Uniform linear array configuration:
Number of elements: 16
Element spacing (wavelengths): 1
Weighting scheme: hann
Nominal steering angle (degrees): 60
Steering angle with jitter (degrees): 58.318
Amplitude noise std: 0.05
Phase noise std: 0.05

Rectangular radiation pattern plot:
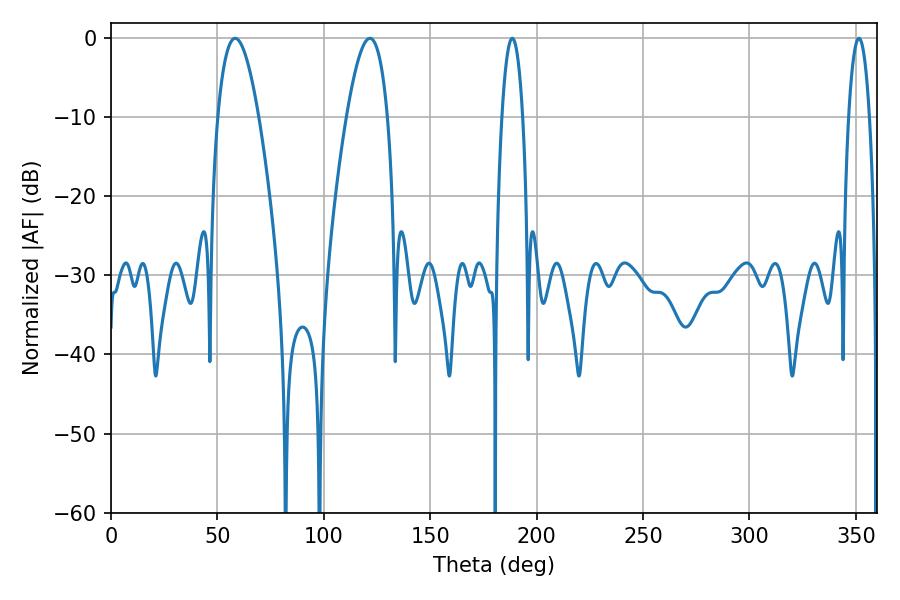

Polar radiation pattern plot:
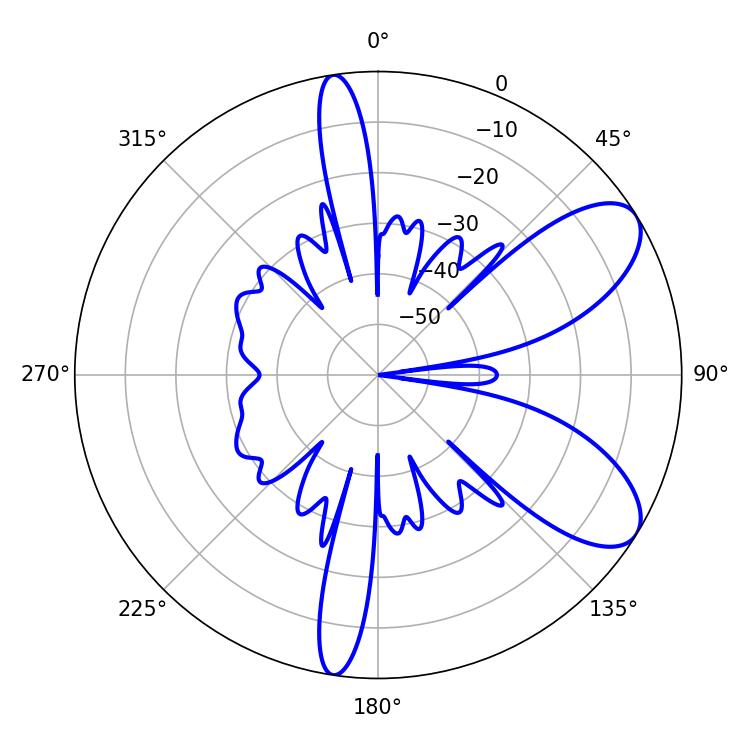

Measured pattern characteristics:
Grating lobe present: TRUE
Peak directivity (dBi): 8.128
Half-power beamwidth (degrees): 10.62
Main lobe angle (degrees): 58.32